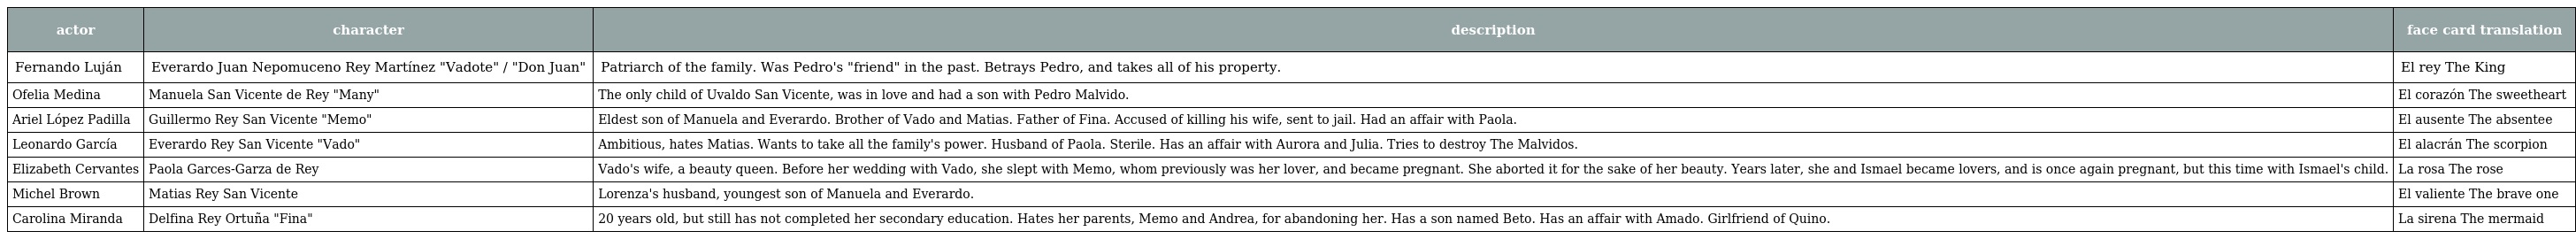
| actor | character | description | face card translation |
 | --- | --- | --- | --- |
 | Fernando Luján | Everardo Juan Nepomuceno Rey Martínez "Vadote" / "Don Juan" | Patriarch of the family. Was Pedro's "friend" in the past. Betrays Pedro, and takes all of his property. | El rey The King |
 | Ofelia Medina | Manuela San Vicente de Rey "Many" | The only child of Uvaldo San Vicente, was in love and had a son with Pedro Malvido. | El corazón The sweetheart |
 | Ariel López Padilla | Guillermo Rey San Vicente "Memo" | Eldest son of Manuela and Everardo. Brother of Vado and Matias. Father of Fina. Accused of killing his wife, sent to jail. Had an affair with Paola. | El ausente The absentee |
 | Leonardo García | Everardo Rey San Vicente "Vado" | Ambitious, hates Matias. Wants to take all the family's power. Husband of Paola. Sterile. Has an affair with Aurora and Julia. Tries to destroy The Malvidos. | El alacrán The scorpion |
 | Elizabeth Cervantes | Paola Garces-Garza de Rey | Vado's wife, a beauty queen. Before her wedding with Vado, she slept with Memo, whom previously was her lover, and became pregnant. She aborted it for the sake of her beauty. Years later, she and Ismael became lovers, and is once again pregnant, but this time with Ismael's child. | La rosa The rose |
 | Michel Brown | Matias Rey San Vicente | Lorenza's husband, youngest son of Manuela and Everardo. | El valiente The brave one |
 | Carolina Miranda | Delfina Rey Ortuña "Fina" | 20 years old, but still has not completed her secondary education. Hates her parents, Memo and Andrea, for abandoning her. Has a son named Beto. Has an affair with Amado. Girlfriend of Quino. | La sirena The mermaid |